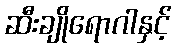
ဆီးချိုရောဂါနှင့်